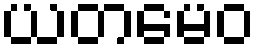
ယတမေဝ